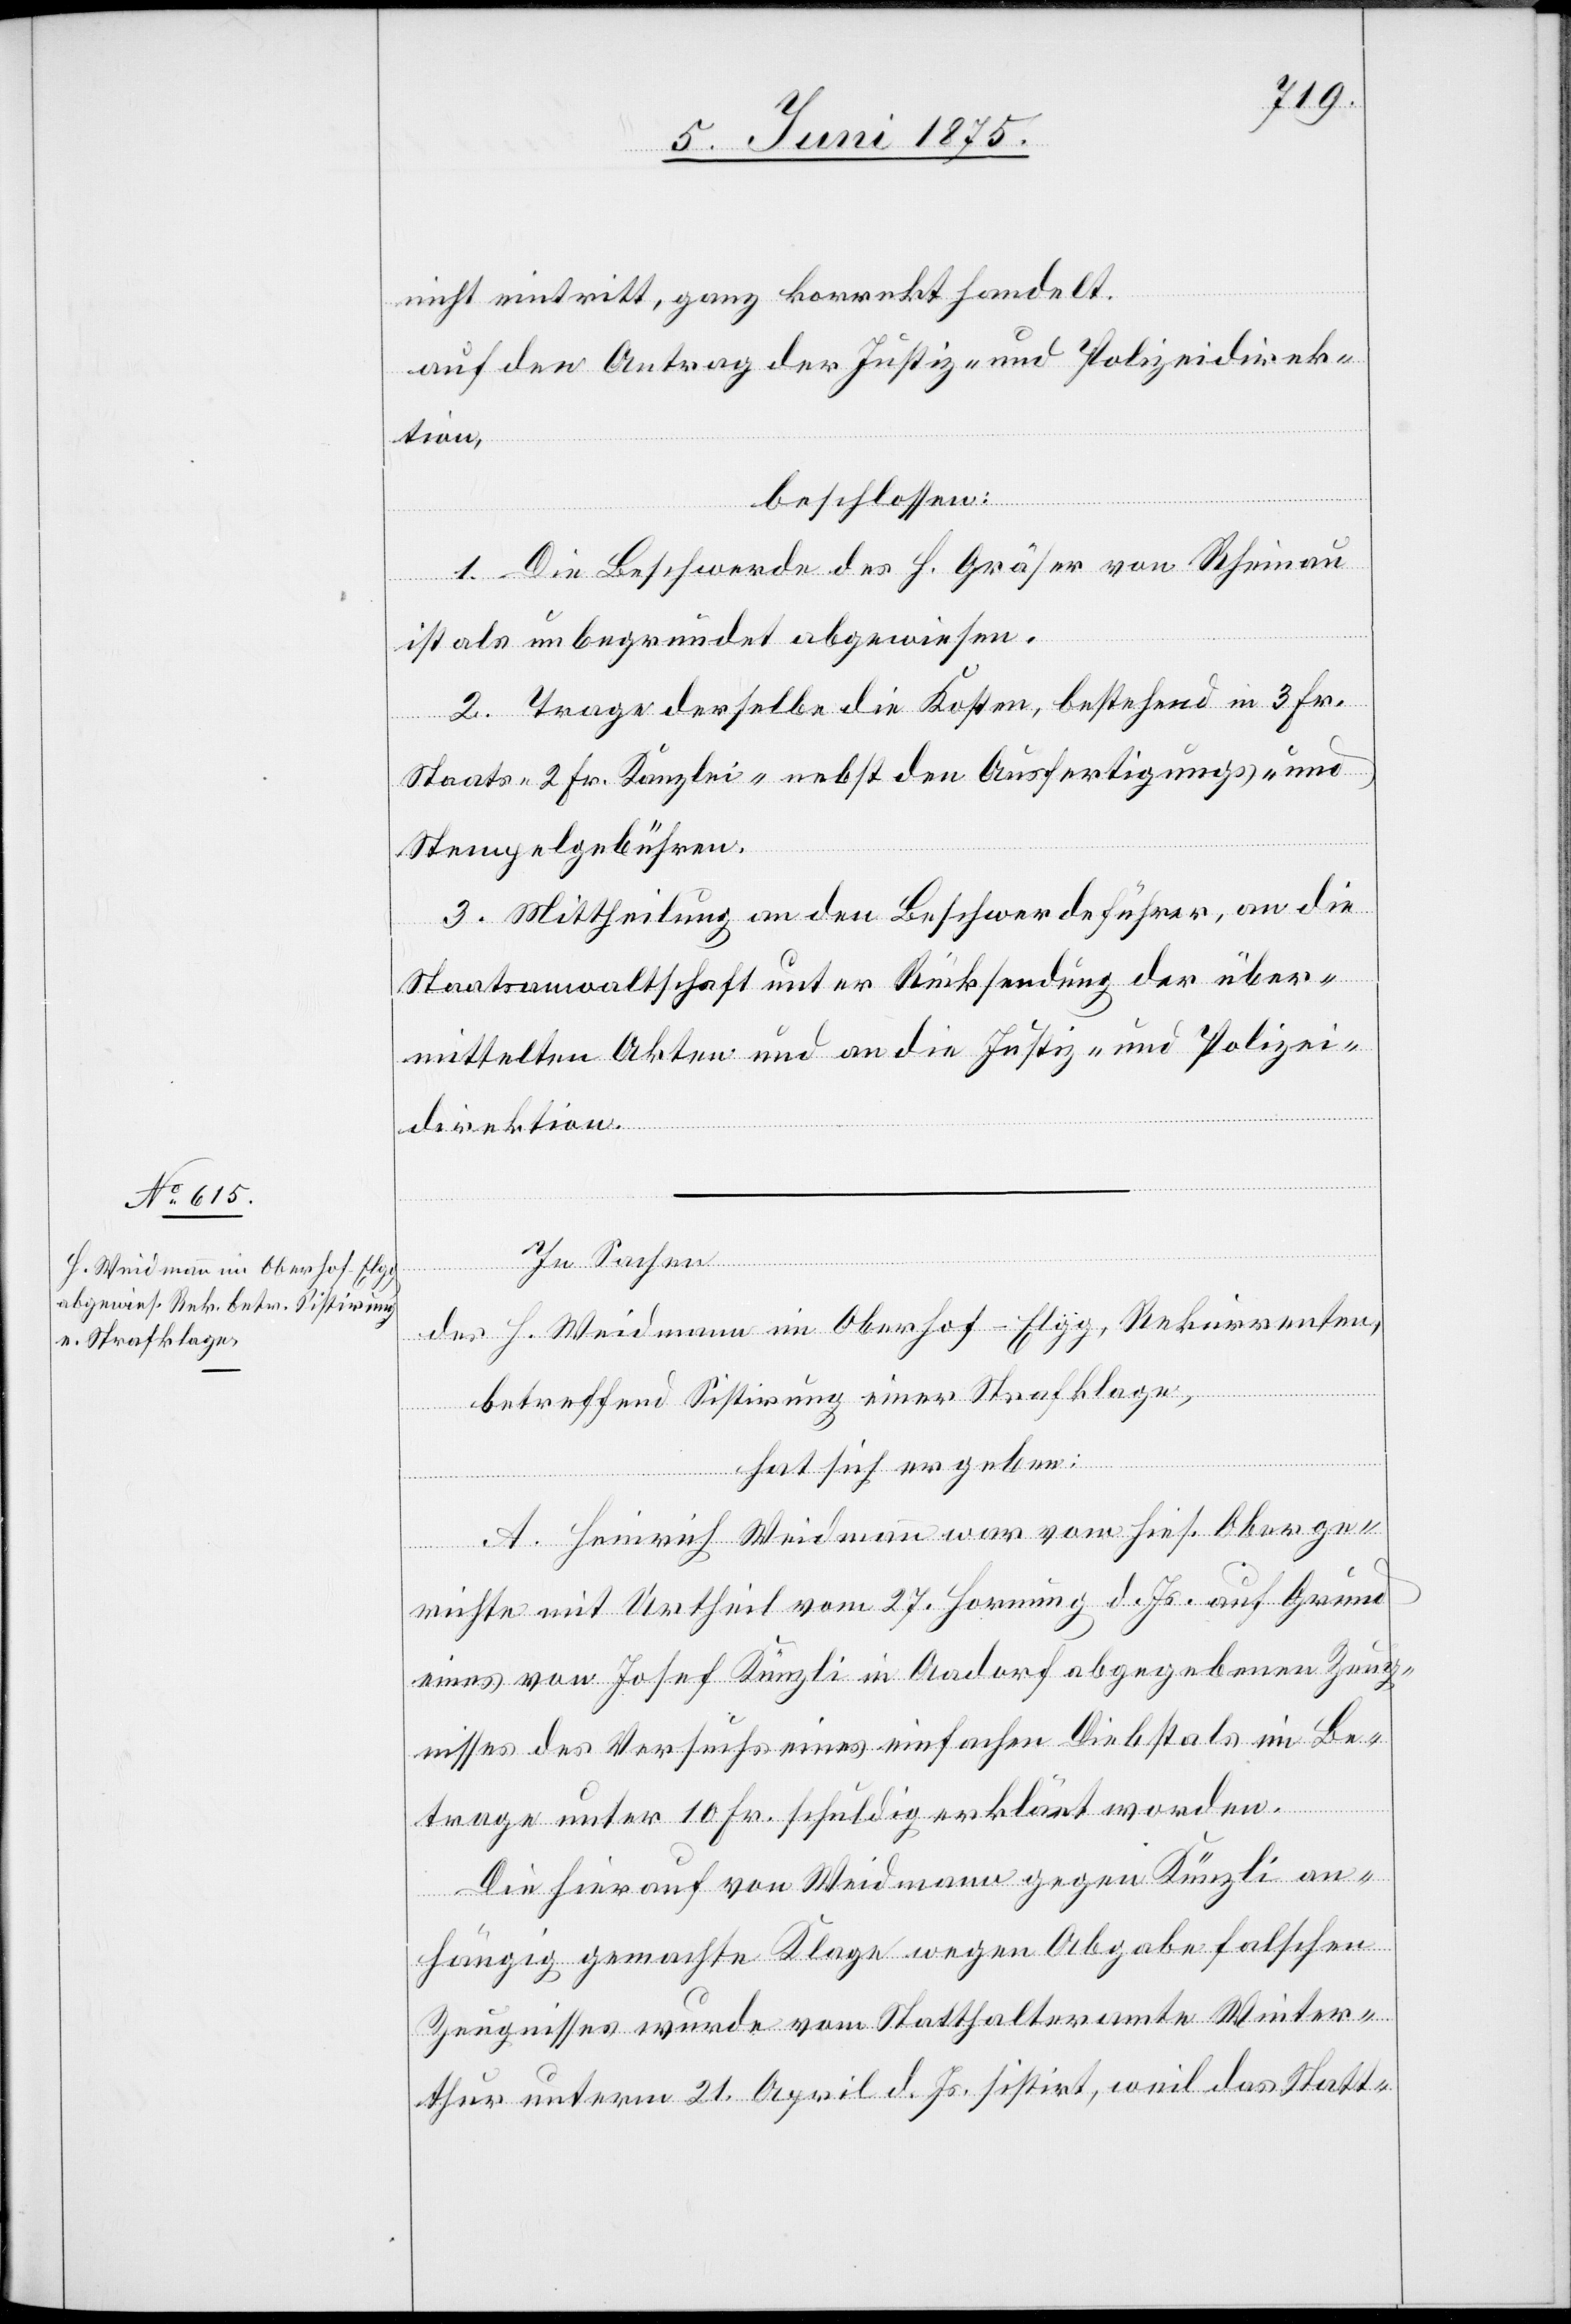
nicht eintritt, ganz korrekt handelt.
auf den Antrag der Justiz- und Polizeidirek¬
tion,
beschlossen:
1. Die Beschwerde des H. Gräser von Rheinau
ist als unbegründet abgewiesen.
2. Trage derselbe die Kosten, bestehend in 3 Fr.
Staats- 2 Fr. Kanzlei- nebst den Ausfertigungs- und
Stempelgebühren.
3. Mittheilung an den Beschwerdeführer, an die
Staatsanwaltschaft unter Rücksendung der über¬
mittelten Akten und an die Justiz- und Polizei¬
direktion.
In Sachen
des H. Weidmann im Oberhof - Elgg, Rekurrenten,
betreffend Sistirung einer Strafklage,
hat sich ergeben:
A. Heinrich Weidmann war vom hies. Oberge¬
richte mit Urtheil vom 27. Hornung d. Js. auf Grund
eines von Josef Künzli in Aadorf abgegebenen Zeug¬
nisses des Versuchs eines einfachen Diebstals im Be¬
trage unter 10 Fr. schuldig erklärt worden.
Die hierauf von Weidmann gegen Künzli an¬
hängig gemachte Klage wegen Abgabe falschen
Zeugnisses wurde vom Statthalteramte Winter¬
thur unterm 21. April d. Js. sistirt, weil das Statt-